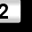
Digit: 2